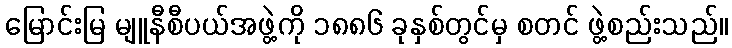
မြောင်းမြ မျူနီစီပယ်အဖွဲ့ကို ၁၈၈၆ ခုနှစ်တွင်မှ စတင် ဖွဲ့စည်းသည်။